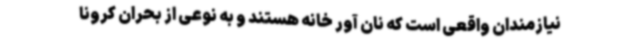
نیازمندان واقعی است که نان آور خانه هستند و به نوعی از بحران کرونا